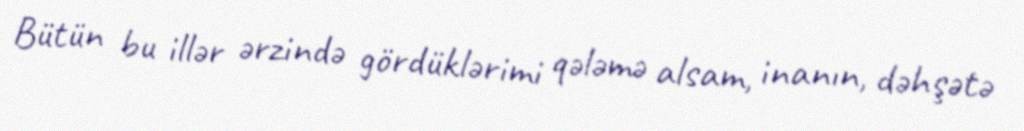
Bütün bu illər ərzində gördüklərimi qələmə alsam, inanın, dəhşətə